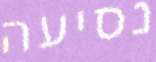
נסיעה